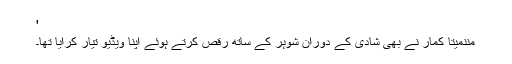
'
مننمیتا کمار نے بھی شادی کے دوران شوہر کے ساتھ رقص کرتے ہوئے اپنا ویڈیو تیار کرایا تھا۔